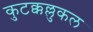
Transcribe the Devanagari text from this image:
कुटक्कल्लुकल